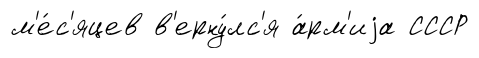
м'е́с'яцев в'ерну́лс'я а́рм'иjа СССР